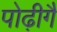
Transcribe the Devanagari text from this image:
पोढ़ीगै